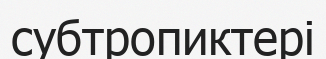
субтропиктері